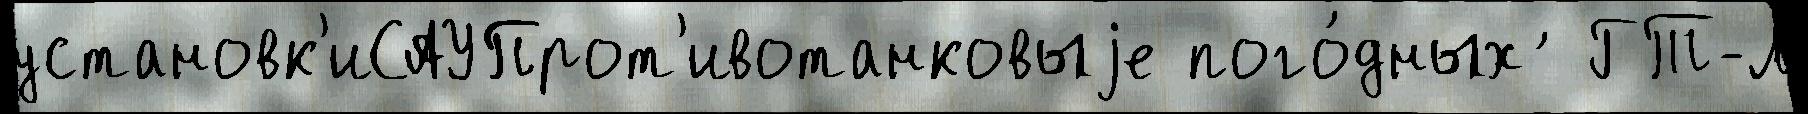
установк'иСАУПрот'ивотанковыjе пого́дных ́ ГТ-Л